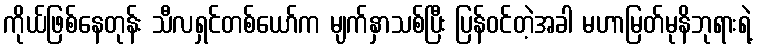
ကိုယ်ဖြစ်နေတုန်း သီလရှင်တစ်ယော်က မျက်နှာသစ်ပြီး ပြန်ဝင်တဲ့အခါ မဟာမြတ်မုနိဘုရားရဲ့